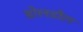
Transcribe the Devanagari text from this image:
डोलडौल